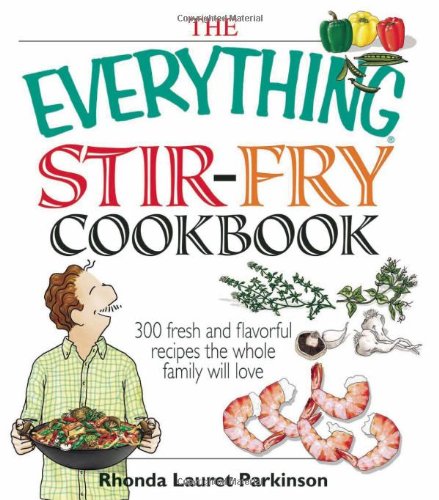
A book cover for The Everything Stir-Fry Cookbook: 300 Fresh and Flavorful Recipes the Whole Family Will Love; Rhonda Lauret Parkinson; Cookbooks, Food & Wine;